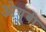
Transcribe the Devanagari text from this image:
ओयूबी